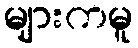
များကမူ